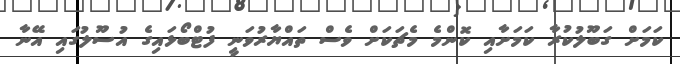
ކަމަށް ގަބޫލުކުރާ ކަމަށާއި ކޮންމެ މެޗަކަށް ވެސް ތައްޔާރުވަނީ ފުޓްބޯޅައިގެ އުސޫލުގައި އޭނާ